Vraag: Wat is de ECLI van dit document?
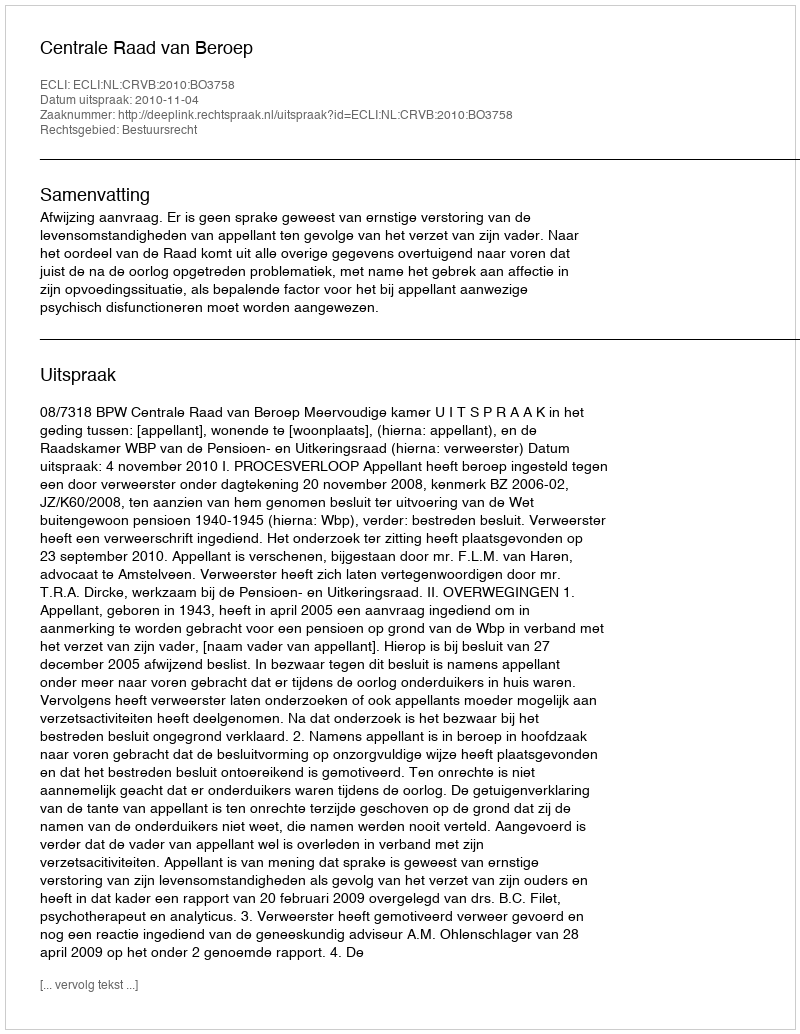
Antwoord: ECLI:NL:CRVB:2010:BO3758